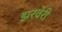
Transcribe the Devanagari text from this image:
झरवेरी